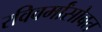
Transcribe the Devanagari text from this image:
रविवर्मांसोबत